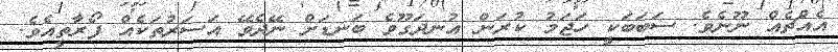
އެއްޗެއް ނޫނެވެ. ސަބަބަކީ ހަޖަމު ކުރަން އުނދަގޫވެ ބަނޑަށް ނޭދެވޭ އަސަރުތަކެއް ފޯރާތީއެވެ.